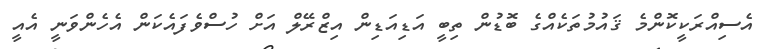
އެސިއްރަކީކޮންމެ ޤައުމުތަކެއްގެ ބޮޑުން ތިބީ އަޑިއަޑިން އިޒްރޭލް އަށް ހުސްވެފައެކަން އެހެންވަނީ އެއީ